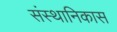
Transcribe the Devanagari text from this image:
संस्थानिकास